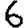
Digit: 6